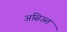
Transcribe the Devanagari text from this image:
असिऊत